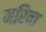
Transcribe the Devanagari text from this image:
मरिवा